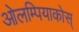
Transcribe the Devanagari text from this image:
ओलम्पियाकोस्